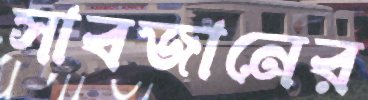
সাবজানের